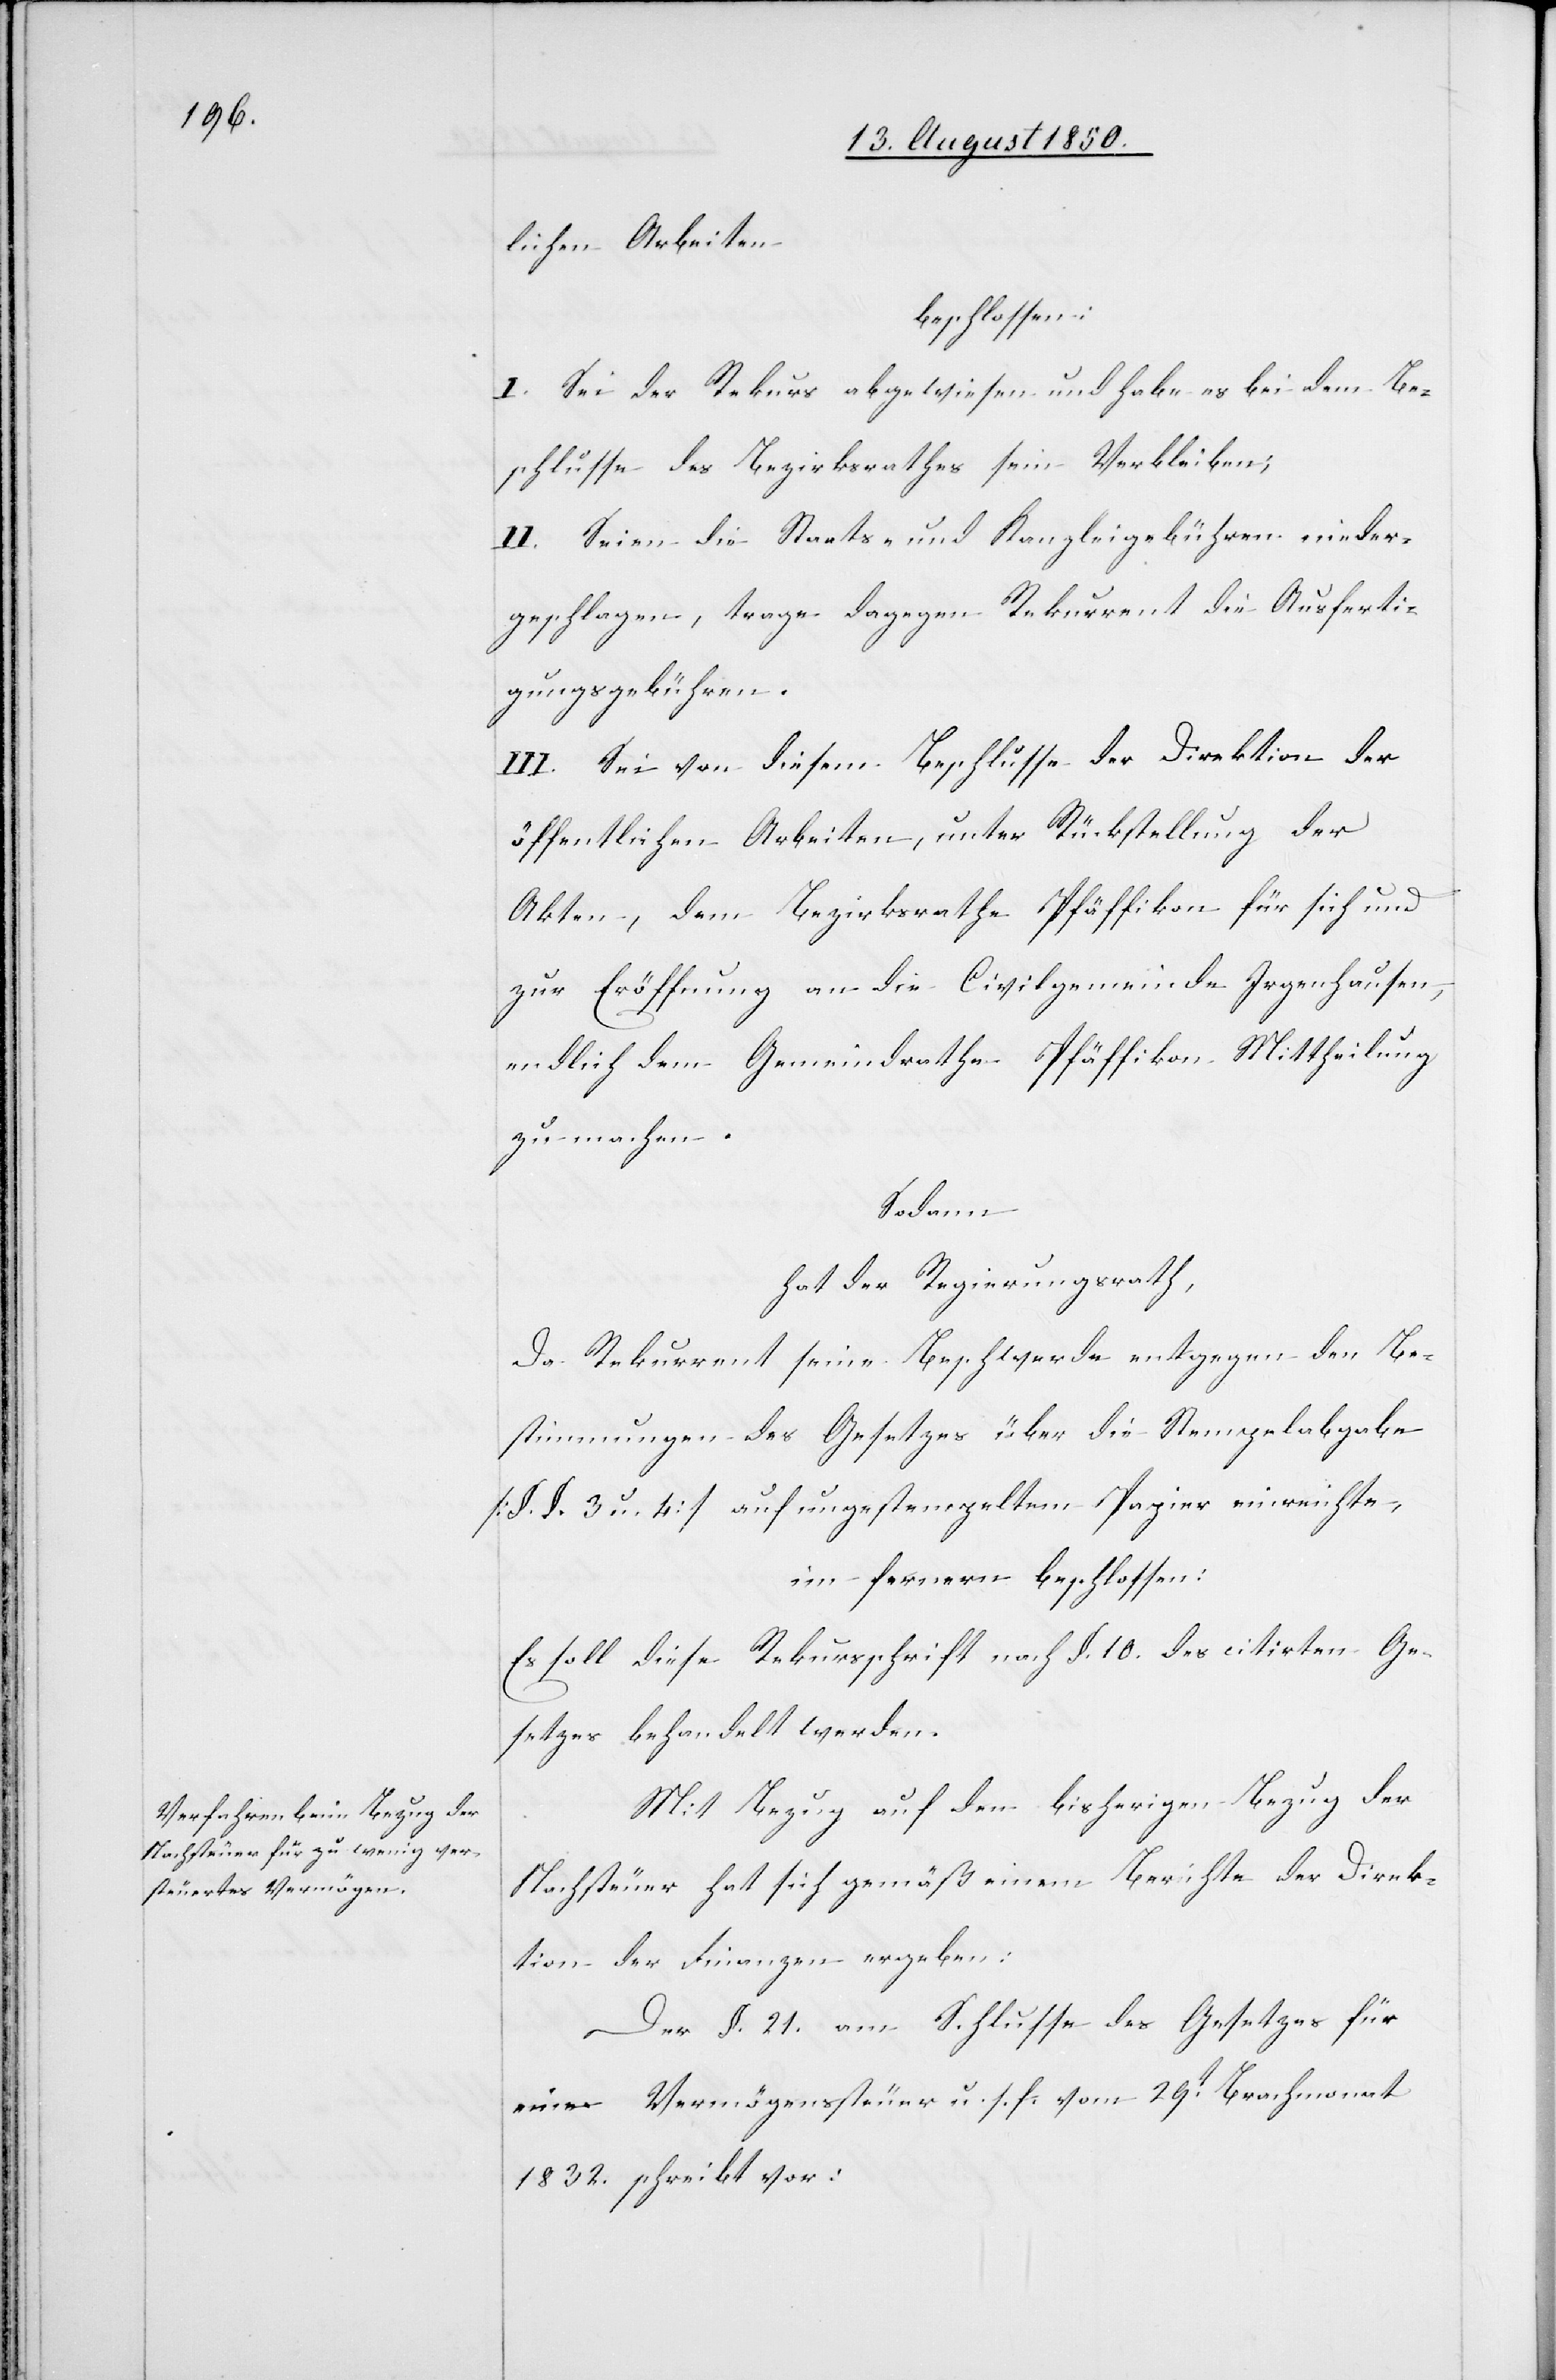
lichen Arbeiten
beschlossen:
I. Sei der Rekurs abgewiesen und habe es bei dem Be¬
schlusse des Bezirksrathes sein Verbleiben;
II. Seien die Staats- und Kanzleigebühren nieder¬
geschlagen, trage dagegen Rekurrent die Ausferti¬
gungsgebühren.
III. Sei von diesem Beschlusse der Direktion der
öffentlichen Arbeiten, unter Rückstellung der
Akten, dem Bezirksrathe Pfäffikon für sich und
zur Eröffnung an die Civilgemeinde Irgenhausen,
endlich dem Gemeindrathe Pfäffikon Mittheilung
zu machen.
Sodann
hat der Regierungsrath,
Da Rekurrent seine Beschwerde entgegen den Be¬
stimmungen des Gesetzes über die Stempelabgabe
[§. §. 3. u. 4] auf ungestempeltem Papier einreichte,
im fernern beschlossen:
Es soll diese Rekursschrift nach §. 10. des citirten Ge¬
setzes behandelt werden.
Mit Bezug auf den bisherigen Bezug der
Nachsteuer hat sich gemäß einem Berichte der Direk¬
tion der Finanzen ergeben:
Der §. 21. am Schlusse des Gesetzes für
eine Vermögenssteuer u. s. f. vom 29t Brachmonat
1832. schreibt vor: